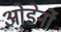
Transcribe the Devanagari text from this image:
ओडेर्नो